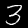
Label: 3